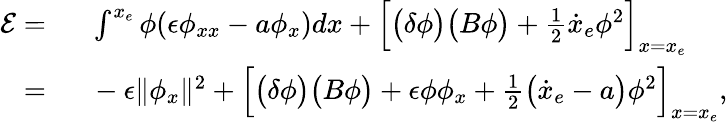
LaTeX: \begin{array}{rl}{\mathcal{E}=\ }&{{}\int^{x_{e}}\phi(\epsilon\phi_{xx}-a\phi_{x})dx+\Big[\big(\delta\phi\big)\big(B\phi\big)+\frac{1}{2}\dot{x}_{e}\phi^{2}\Big]_{x=x_{e}}}\\ {=\ }&{{}-\epsilon\| \phi_{x}\| ^{2}+\Big[\big(\delta\phi\big)\big(B\phi\big)+\epsilon\phi\phi_{x}+\frac{1}{2}\big(\dot{x}_{e}-a\big)\phi^{2}\Big]_{x=x_{e}},}\end{array}